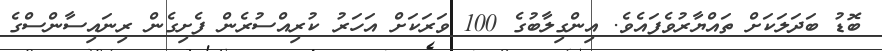
ބޮޑު ބަދަލަކަށް ތައްޔާރުވެފައެވެ. އިންގިލާބުގެ 100 ވަރަކަށް އަހަރު ކުރިއްސުރެން ފެށިގެން ރިނައިސާންސްގެ